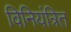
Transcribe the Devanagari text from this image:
विनियंत्रित